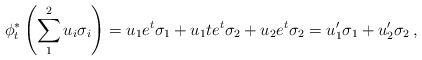
LaTeX: \begin{align*}\phi_t^* \left( \sum_1^2 u_{i}\sigma_i \right)= u_1 e^t \sigma_1 + u_1 t e^t \sigma_2 + u_2 e^t \sigma_2= u_1' \sigma_1 + u_2' \sigma_2\,,\end{align*}